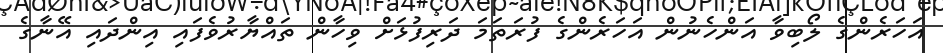
އަހަރެންގެ ލޯބިވާ އަންހެނުން އަހަރެންގެ ފުރަތަމަ ދަރިފުޅަށް ވިހާން ތައްޔާރުވެފައި އިންދައި އޭނާގެ